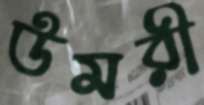
উমরী